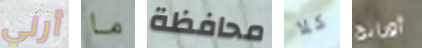
أرني ما محافظة كلا أورانج